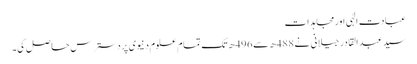
عبادت الٰہی اورمجاہدات
سید عبد القادر جیلانی نے 488ھ سے 496ھ تک تمام علوم دنیوی پردسترس حاصل کی۔